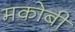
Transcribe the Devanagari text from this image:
मकोबी